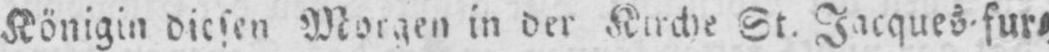
Königin diesen Morgen in der Kirche St. Jacques -sur⸗